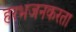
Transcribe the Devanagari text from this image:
हरभजनकरता